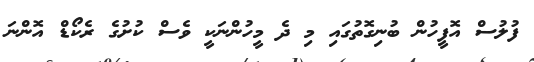
ފުލުސް އޮފީހުން ބުނިގޮތުގައި މި ދެ މީހުންނަކީ ވެސް ކުށުގެ ރެކޯޑް އޮންނަ